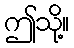
ဤသို့။